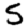
Digit: 5